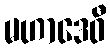
မဟာဒေဝီ